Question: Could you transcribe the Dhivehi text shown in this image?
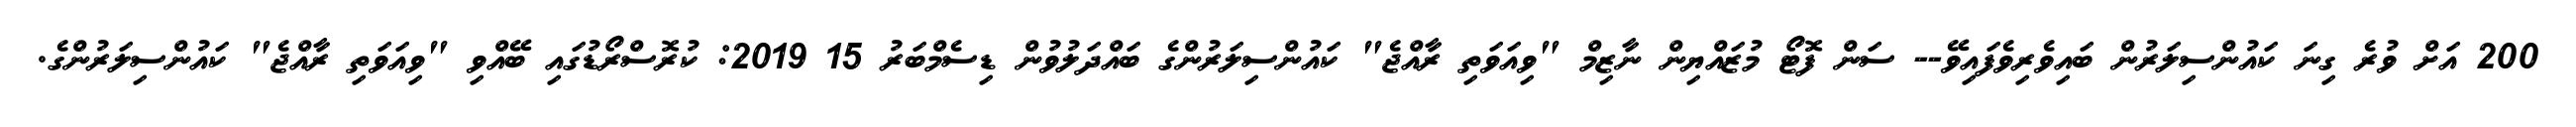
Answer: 200 އަށް ވުރެ ގިނަ ކައުންސިލަރުން ބައިވެރިވެފައިވޭ-- ސަން ފޮޓޯ މުޒައްޔިން ނާޒިމް "ވިއަވަތި ރާއްޖެ" ކައުންސިލަރުންގެ ބައްދަލުވުން ޑިސެމްބަރު 15 2019: ކުރޮސްރޯޑުގައި ބޭއްވި "ވިއަވަތި ރާއްޖެ" ކައުންސިލަރުންގެ.